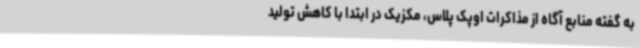
به گفته منابع آگاه از مذاکرات اوپک پلاس، مکزیک در ابتدا با کاهش تولید